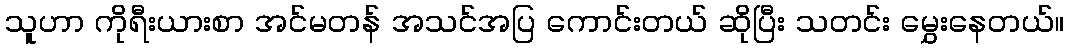
သူဟာ ကိုရီးယားစာ အင်မတန် အသင်အပြ ကောင်းတယ် ဆိုပြီး သတင်း မွှေးနေတယ်။